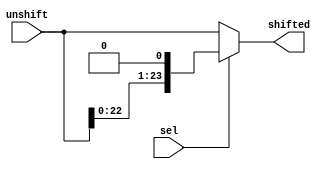
module shift_left_1bit(unshift,shifted,sel);
	input wire [23:0]unshift;
	input wire sel;
	output wire [23:0]shifted;
	assign shifted= (sel)?{unshift[22:0],1'b0}:unshift;
endmodule

module shift_left_2bit(unshift,shifted,sel);
	input wire [23:0]unshift;
	input wire sel;
	output wire [23:0]shifted;
	assign shifted= (sel)?{unshift[21:0],2'b00}:unshift;
endmodule

module shift_left_4bit(unshift,shifted,sel);
	input wire [23:0]unshift;
	input wire sel;
	output wire [23:0]shifted;
	assign shifted= (sel)?{unshift[19:0],4'b0000}:unshift;
endmodule

module shift_left_8bit(unshift,shifted,sel);
	input wire [23:0]unshift;
	input wire sel;
	output wire [23:0]shifted;
	assign shifted= (sel)?{unshift[15:0],8'b00000000}:unshift;
endmodule

module shift_left_16bit(unshift,shifted,sel);
	input wire [23:0]unshift;
	input wire sel;
	output wire [23:0]shifted;
	assign shifted= (sel)?{unshift[7:0],16'h0000}:unshift;
endmodule

module shift_left_else(unshift,shifted,sel);
	input wire [23:0]unshift;
	input wire sel;
	output wire [23:0]shifted;
	assign shifted= (sel)? 24'd0 :unshift;
endmodule

module shift_left(unshift,shifted,sel);
	input wire [23:0]unshift;
	input wire [7:0]sel;
	output wire [23:0]shifted;
	wire [23:0] temp7,temp6,temp5,temp16,temp8,temp4,temp2;
	shift_left_else  sr7 (unshift,temp7  ,sel[7]);
	shift_left_else  sr6 (temp7  ,temp6  ,sel[6]);
	shift_left_else  sr5 (temp6  ,temp5  ,sel[5]);
	shift_left_16bit sr16(temp5  ,temp16 ,sel[4]);
	shift_left_8bit  sr8 (temp16 ,temp8  ,sel[3]);
	shift_left_4bit  sr4 (temp8  ,temp4  ,sel[2]);
	shift_left_2bit  sr2 (temp4  ,temp2  ,sel[1]);
	shift_left_1bit  sr1 (temp2  ,shifted,sel[0]);
endmodule